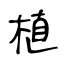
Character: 植